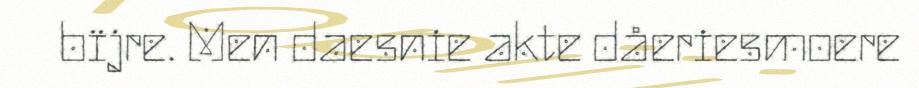
bïjre. Men daesnie akte dåeriesmoere